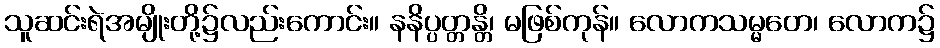
သူဆင်းရဲအမျိုးတို့၌လည်းကောင်း။ နနိပ္ပတ္တန္တိ၊ မဖြစ်ကုန်။ လောကသမ္မတေ၊ လောက၌